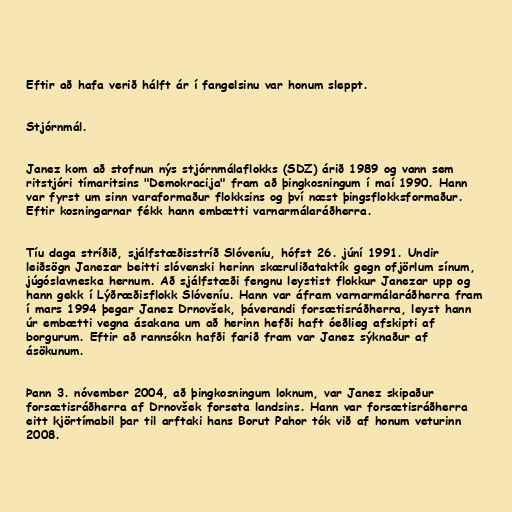
Eftir að hafa verið hálft ár í fangelsinu var honum sleppt.

Stjórnmál.

Janez kom að stofnun nýs stjórnmálaflokks (SDZ) árið 1989 og vann sem
ritstjóri tímaritsins "Demokracija" fram að þingkosningum í maí 1990. Hann
var fyrst um sinn varaformaður flokksins og því næst þingsflokksformaður.
Eftir kosningarnar fékk hann embætti varnarmálaráðherra.

Tíu daga stríðið, sjálfstæðisstríð Slóveníu, hófst 26. júní 1991. Undir
leiðsögn Janezar beitti slóvenski herinn skæruliðataktík gegn ofjörlum sínum,
júgóslavneska hernum. Að sjálfstæði fengnu leystist flokkur Janezar upp og
hann gekk í Lýðræðisflokk Slóveníu. Hann var áfram varnarmálaráðherra fram
í mars 1994 þegar Janez Drnovšek, þáverandi forsætisráðherra, leyst hann
úr embætti vegna ásakana um að herinn hefði haft óeðlieg afskipti af
borgurum. Eftir að rannsókn hafði farið fram var Janez sýknaður af
ásökunum.

Þann 3. nóvember 2004, að þingkosningum loknum, var Janez skipaður
forsætisráðherra af Drnovšek forseta landsins. Hann var forsætisráðherra
eitt kjörtímabil þar til arftaki hans Borut Pahor tók við af honum veturinn
2008.